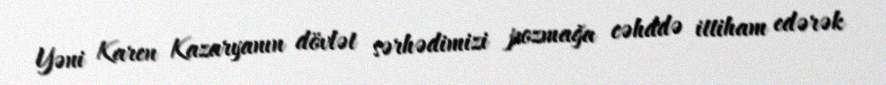
Yəni Karen Kazaryanın dövlət sərhədimizi pozmağa cəhddə ittiham edərək